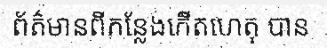
ព័ត៌មានពីកន្លែងកើតហេតុ បាន